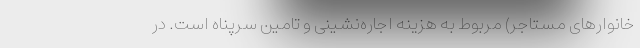
خانوارهای مستاجر) مربوط به هزینه اجاره‌نشینی و تامین سرپناه است. در